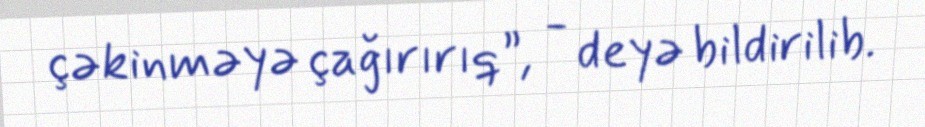
çəkinməyə çağırırıq”, - deyə bildirilib.